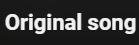
Original song